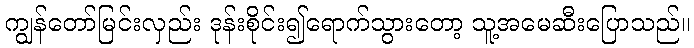
ကျွန်တော်မြင်းလှည်း ဒုန်းစိုင်း၍ရောက်သွားတော့ သူ့အမေဆီးပြောသည်။